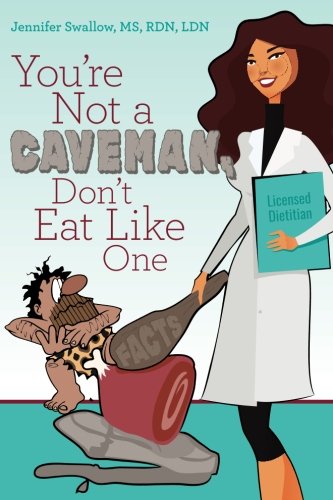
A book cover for You're Not a Caveman, Don't Eat Like One; Jennifer Swallow RD; Health, Fitness & Dieting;